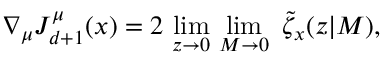
\nabla _ { \mu } J _ { d + 1 } ^ { \mu } ( x ) = 2 \, \operatorname * { l i m } _ { z \rightarrow 0 } \, \operatorname * { l i m } _ { M \rightarrow 0 } \, \, \tilde { \zeta } _ { x } ( z | M ) ,